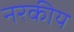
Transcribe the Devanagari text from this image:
नरकीय